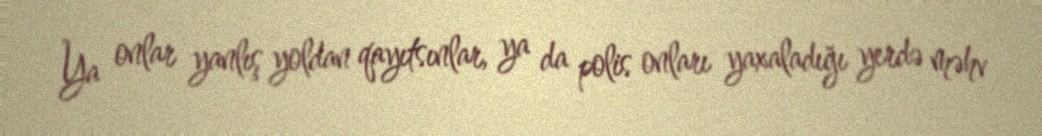
Ya onlar yanlış yoldan qayıtsınlar, ya da polis onları yaxaladığı yerdə məhv